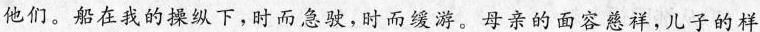
他们。船在我的操纵下,时而急驶,时而缓游。母亲的面容慈祥,儿子的样